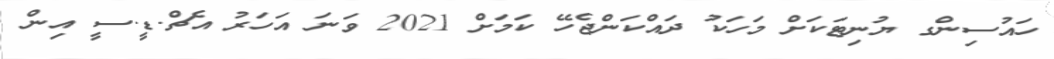
ހައުސިންގ ޔުނިޓަކަށް މަހަކު ދައްކަންޖެހޭ ކަމަށް 2021 ވަނަ އަހަރު އެޗް.ޑީ.ސީ އިން